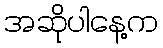
အဆိုပါနေ့က